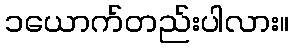
၁ယောက်တည်းပါလား။